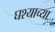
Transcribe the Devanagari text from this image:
घश्याच्या